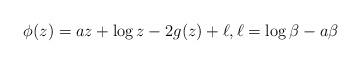
LaTeX: \begin{align*}\phi(z) = az+\log z -2g(z) + \ell,\ell = \log \beta-a\beta\end{align*}